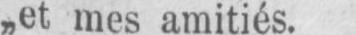
„et mes amitiés.